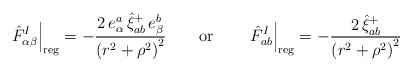
\begin{align*}\left. \hat{F}_{\alpha \beta }^I\right| _{{\rm reg}}=-\frac{2\,e_\alpha ^a\,\hat{\xi}_{ab}^{+}\,e_\beta ^b}{\left( r^2+\rho ^2\right) ^2}\qquad {\rm or}\qquad\left. \hat{F}_{ab}^I\right| _{{\rm reg}}=-\frac{2\,\hat{\xi}_{ab}^{+}}{\left( r^2+\rho ^2\right) ^2}\end{align*}